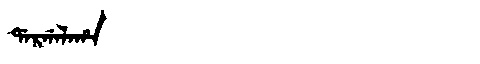
Manchu: ᡩᠠᡵᡤᠠᠯᠠᡥᠠ
Romanization: DARGALAHA